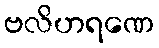
ဗလိဟရဏေ